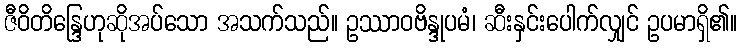
ဇီဝိတိန္ဒြေဟုဆိုအပ်သော အသက်သည်။ ဥဿာဝဗိန္ဒုပမံ၊ ဆီးနှင်းပေါက်လျှင် ဥပမာရှိ၏။